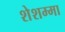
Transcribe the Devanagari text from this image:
शेशम्मा